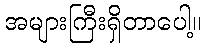
အများကြီးရှိတာပေါ့။